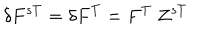
\delta F ^ { s T } = \delta F ^ { T } = F ^ { T } ~ Z ^ { s T }